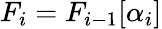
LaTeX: F_{i}=F_{i-1}[\alpha_{i}]